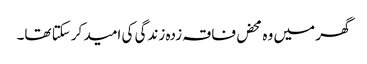
گھر میں وہ محض فاقہ زدہ زندگی کی امید کرسکتا تھا۔